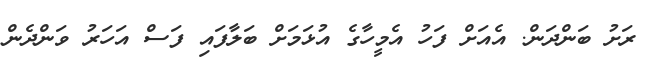
ރަށު ބަންދަން. އެއަށް ފަހު އެމީހާގެ އުޅަމަށް ބަލާފައި ފަސް އަހަރު ވަންދެން